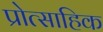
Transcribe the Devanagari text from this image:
प्रोत्साहिक